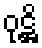
ဝုဋ္ဌိ